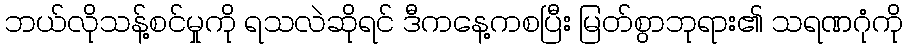
ဘယ်လိုသန့်စင်မှုကို ရသလဲဆိုရင် ဒီကနေ့ကစပြီး မြတ်စွာဘုရား၏ သရဏဂုံကို